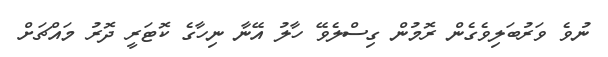
ނުވެ ވަރުބަލިވެގެން ރޮމުން ގިސްލެވޭ ހާލު އޭނާ ނިހާގެ ކޮޓަރީ ދޮރު މައްޗަށް